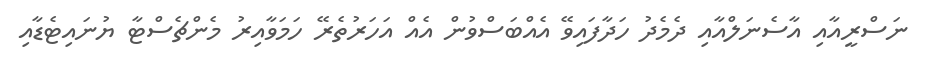
ނަސްރީއާއި އާސެނަލްއާއި ދެމެދު ހަދާފައިވޭ އެއްބަސްވުން އެއް އަހަރުތެރޭ ހަމަވާއިރު މެންޗެސްޓާ ޔުނައިޓެޑާއި